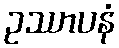
ဥဿာပနံ